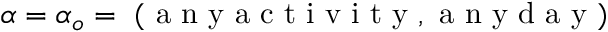
\alpha = \alpha _ { o } = \mathrm { ~ ( ~ a ~ n ~ y ~ a ~ c ~ t ~ i ~ v ~ i ~ t ~ y ~ , ~ a ~ n ~ y ~ d ~ a ~ y ~ ) ~ }